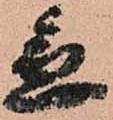
急